Report of the Hyderabad Chloroform Commission
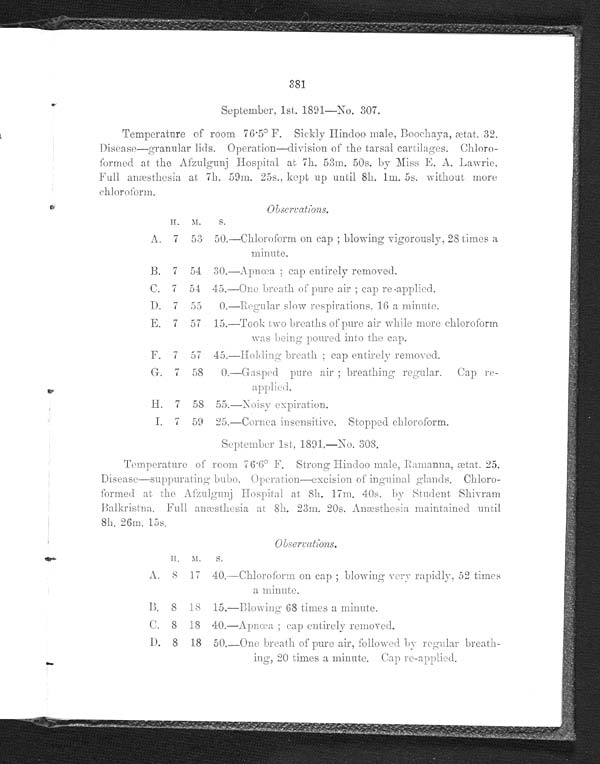
381
September, 1st. 1891—No. 307.
Temperature of room 76.5° F. Sickly Hindoo male, Boochaya, ætat. 32.
Disease—granular lids. Operation—division of the tarsal cartilages. Chloro-
-formed at the Afzulgunj Hospital at 7h. 53m. 50s. by Miss E. A. Lawrie.
Full anæsthesia at 7h, 59m. 25s., kept up until 8h. 1m. 5s. without more
chloroform.
Observations.
H. M.
s.
A. 7 53 50.—Chloroform on cap ; blowing vigorously. 28 times
a minute.
B. 7 54 30.—Apnœa ; cap entirely removed.
C. 7 54 45.—One breath
of pure air ; cap re - applied.
D. 7 55 0.—Regular slow respirations. 16 a minute.
E. 7 57 15.—Took two breaths of pure air while more chloroform
was being poured into the cap.
F. 7 57 45.—Holding breath ; cap entirely removed.
G. 7 58
0.—Gasped pure air ; breathing regular.Cap
re-applied.
H. 7 58 55.—Noisy expiration.
I. 7 59 25.—Cornea insensitive. Stopped chloroform.
September 1st. 1891..-No. 308.
Temperature of room 76 . 6° F. Strong Hindoo male, Ramanna, ætat. 25.
Disease—suppurating bubo. Operation—excision of inguinal glands
. Chloro-
formed at the Afzulgunj Hospital at 8h. 17m. 40s. by Student Shivram
Balkristna. Full anæsthesia at 8h. 23m. 20s. Anæsthesia maintained until
8h. 26m. 15s.
Observations.
H. M. s.
A. 8 17 40.—Chloroform on cap ; blowing very rapidly, 52 times
a minute.
B. 8 l8 15.—Blowing 68 times a minute.
C. 8 18 40.—Apnœa ;cap entirely removed.
D. 8 18 50.—One breath of pure air, followed by regular breath-
-ing, 20 times a minute. Cap re-applied.